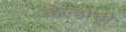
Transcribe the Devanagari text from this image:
व्हेल्होची